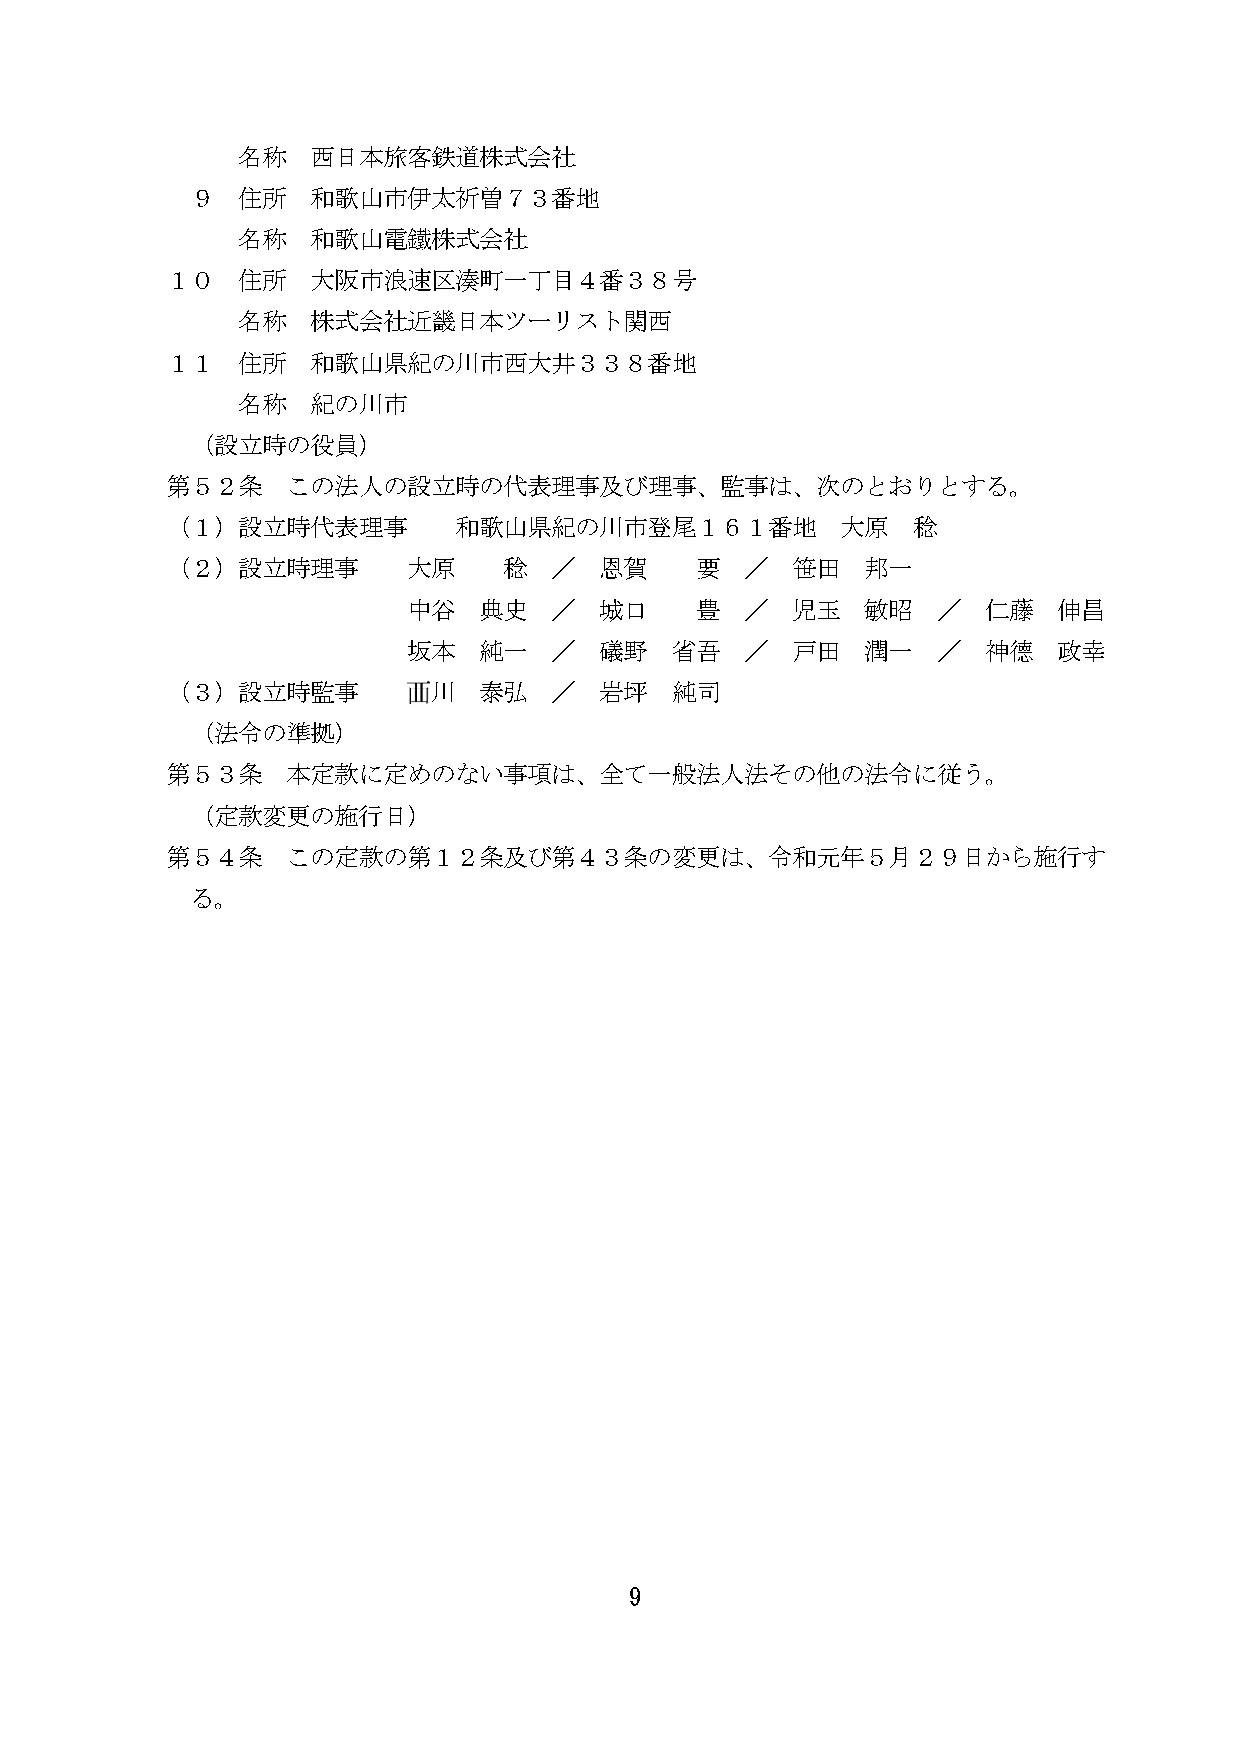
名称   西日本旅客鉄道株式会社
 ９  住所   和歌山市伊太祈曽７３番地
 名称   和歌山電鐵株式会社
 １０   住所   大阪市浪速区湊町一丁目４番３８号
 名称   株式会社近畿日本ツーリスト関西
 １１   住所   和歌山県紀の川市西大井３３８番地
 名称   紀の川市
 （設立時の役員）
 第５２条    この法人の設立時の代表理事及び理事、監事は、次のとおりとする。
 （１）設立時代表理事         和歌山県紀の川市登尾１６１番地           大原  稔
 （２）設立時理事        大原    稔  ／   恩賀    要  ／  笹田   邦一
 中谷   典史  ／   城口    豊  ／  児玉   敏昭   ／  仁藤   伸昌
 坂本   純一  ／   礒野  省吾   ／  戸田   潤一   ／  神德   政幸
 （３）設立時監事        西川   泰弘  ／   岩坪  純司
 （法令の準拠）
 第５３条    本定款に定めのない事項は、全て一般法人法その他の法令に従う。
 （定款変更の施行日）
 第５４条    この定款の第１２条及び第４３条の変更は、令和元年５月２９日から施行す
 る。
 9